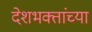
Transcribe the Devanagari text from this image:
देशभक्तांच्या